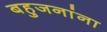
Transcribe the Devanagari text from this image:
बहुजनांना